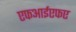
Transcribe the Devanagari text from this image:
एफआईएफए